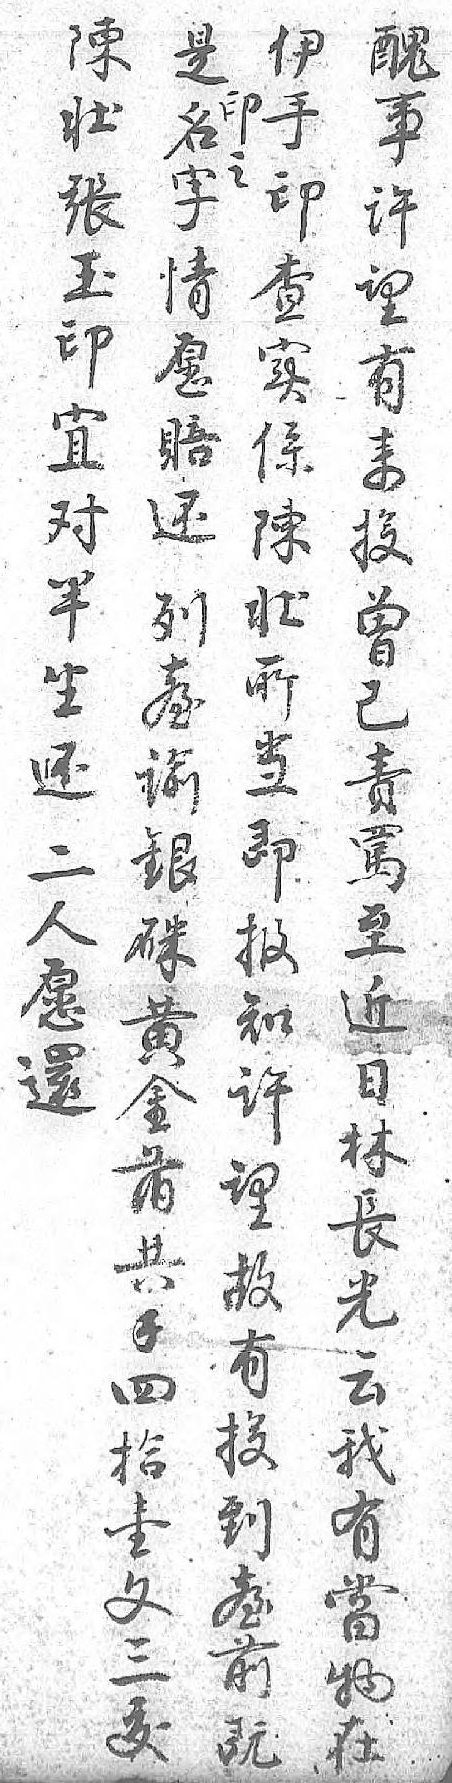
是伊醜陳印名手事壮之字印许張 情查望玉 愿实有印 賠係来宜 还陳投对 列壮曾半 𦤼所已坐 谕当責还 銀即罵二 硃报至人 黄知近愿 金许日還 萡望林  共故長  錢有光  四投云  拾到我  壹𦤼有  文前當  三既物  犮 在